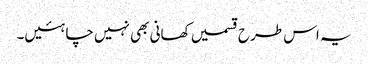
یہ اس طرح قسمیں کھانی بھی نہیں چاہئیں۔